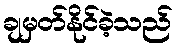
ချမှတ်နိုင်ခဲ့သည်